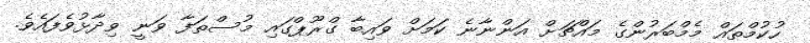
ހުކުމްތައް މެމްބަރުންގެ މައްޗަށް އަންނާނެ ކަމަށް ވައިބާ ގްރޫޕްގައި މުސްތަފާ ވަނީ ވިދާޅުވެފައެވެ.